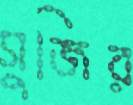
সুজির